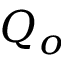
Q _ { o }